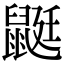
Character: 鼮